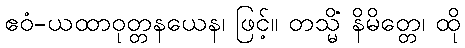
ဧဝံ-ယထာဝုတ္တနယေန၊ ဖြင့်။ တသ္မိံ နိမိတ္တေ၊ ထို